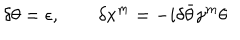
\delta \theta = \epsilon , \qquad \delta x ^ { m } = - i \delta \bar { \theta } \gamma ^ { m } \theta